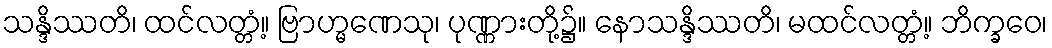
သန္ဒိဿတိ၊ ထင်လတ္တံ့။ ဗြာဟ္မဏေသု၊ ပုဏ္ဏားတို့၌။ နောသန္ဒိဿတိ၊ မထင်လတ္တံ့။ ဘိက္ခဝေ၊